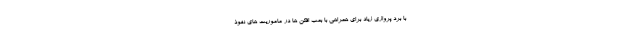
با برد پروازی زیاد برای همراهی با بمب افکن ها در ماموریت های نفوذ